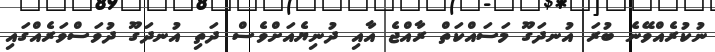
ނުކުރެއްވޭނެ ބުރަ އުނދަގޫ މަސައްކަތް ރާއްޖެ އާއި ދުނިޔެއަށްވެސް ދަތި އުނދަގޫ ދުވަސްވަރެއްގައި